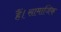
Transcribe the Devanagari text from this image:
हैं।सामाजिक